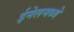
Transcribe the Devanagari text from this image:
ईमेलमध्ये